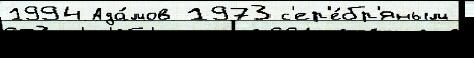
1994 Ада́мов 1973 с'ер'е́бр'яным